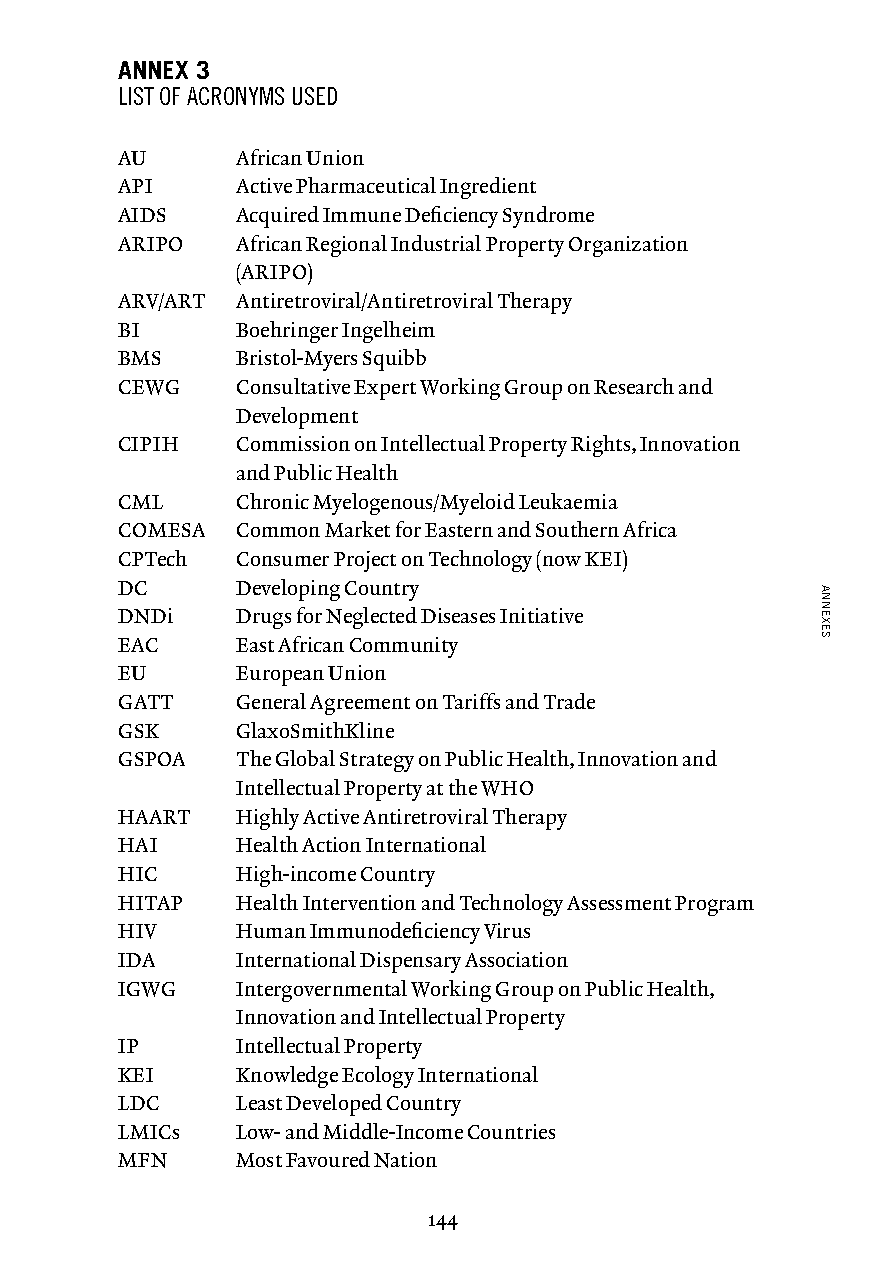
ANNEX 3
 LIST OF ACRONYMS USED
 AU      African Union
 API     Active Pharmaceutical Ingredient
 AIDS    Acquired Immune Deficiency Syndrome
 ARIPO   African Regional Industrial Property Organization
 (ARIPO)
 ARV/ART Antiretroviral/Antiretroviral Therapy
 BI      Boehringer Ingelheim
 BMS     Bristol-Myers Squibb
 CEWG    Consultative Expert Working Group on Research and
 Development
 CIPIH   Commission on Intellectual Property Rights, Innovation
 and Public Health
 CML     Chronic Myelogenous/Myeloid Leukaemia
 COMESA  Common Market for Eastern and Southern Africa
 CPTech  Consumer Project on Technology (now KEI)
 DC      Developing Country
 DNDi    Drugs for Neglected Diseases Initiative
 EAC     East African Community
 EU      European Union
 GATT    General Agreement on Tariffs and Trade
 GSK     GlaxoSmithKline
 GSPOA   T he Global Strategy on Public Health, Innovation and
 Intellectual Property at the WHO
 HAART   Highly Active Antiretroviral Therapy
 HAI     Health Action International
 HIC     High-income Country
 HITAP   Health Intervention and Technology Assessment Program
 HIV     Human Immunodeficiency Virus
 IDA     International Dispensary Association
 IGWG    Intergovernmental Working Group on Public Health,
 Innovation and Intellectual Property
 IP      Intellectual Property
 KEI     Knowledge Ecology International
 LDC     Least Developed Country
 LMICs   Low- and Middle-Income Countries
 MFN     Most Favoured Nation
 144
 ANNEXES